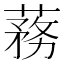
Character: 蓩